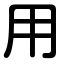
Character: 用